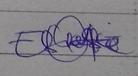
Signature authenticity: genuine